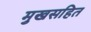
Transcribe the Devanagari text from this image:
मुखसहित